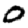
Digit: 0